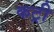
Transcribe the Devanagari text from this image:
कट्री